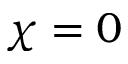
\chi = 0